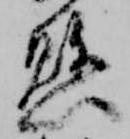
懸